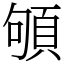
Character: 䪷